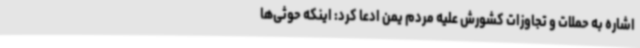
اشاره به حملات و تجاوزات کشورش علیه مردم یمن ادعا کرد: اینکه حوثی‌ها